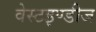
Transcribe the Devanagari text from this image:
वेस्टइण्डीज